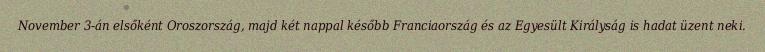
November 3-án elsőként Oroszország, majd két nappal később Franciaország és az Egyesült Királyság is hadat üzent neki.